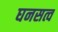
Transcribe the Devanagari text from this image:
घनसत्व